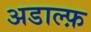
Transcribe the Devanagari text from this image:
अडाल्फ़